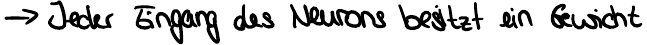
-> Jeder Eingang des Neurons besitzt ein Gewicht